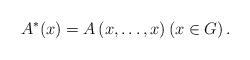
LaTeX: \begin{align*} A^{\ast}(x)=A\left(x, \ldots, x\right) \left(x\in G\right). \end{align*}